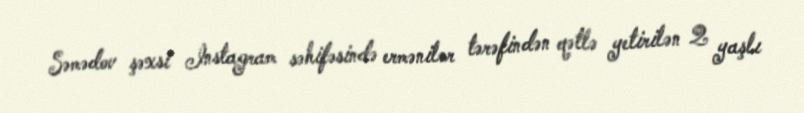
Səmədov şəxsi Instagram səhifəsində ermənilər tərəfindən qətlə yetirilən 2 yaşlı